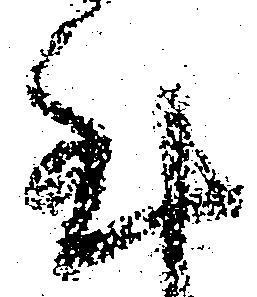
至